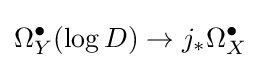
\Omega _{Y}^{\bullet }(\log D)\rightarrow j_{*}\Omega _{X}^{\bullet }